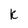
Character: k